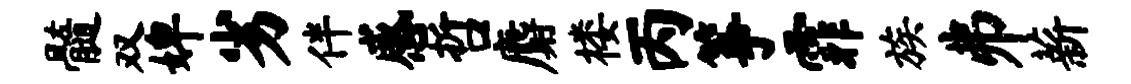
髓双婢劣伴感哲麝楼丙筝霏族井薪